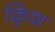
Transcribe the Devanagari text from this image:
क्र्रिश